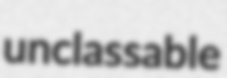
unclassable